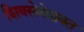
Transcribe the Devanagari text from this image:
शिवसेनेबाबत